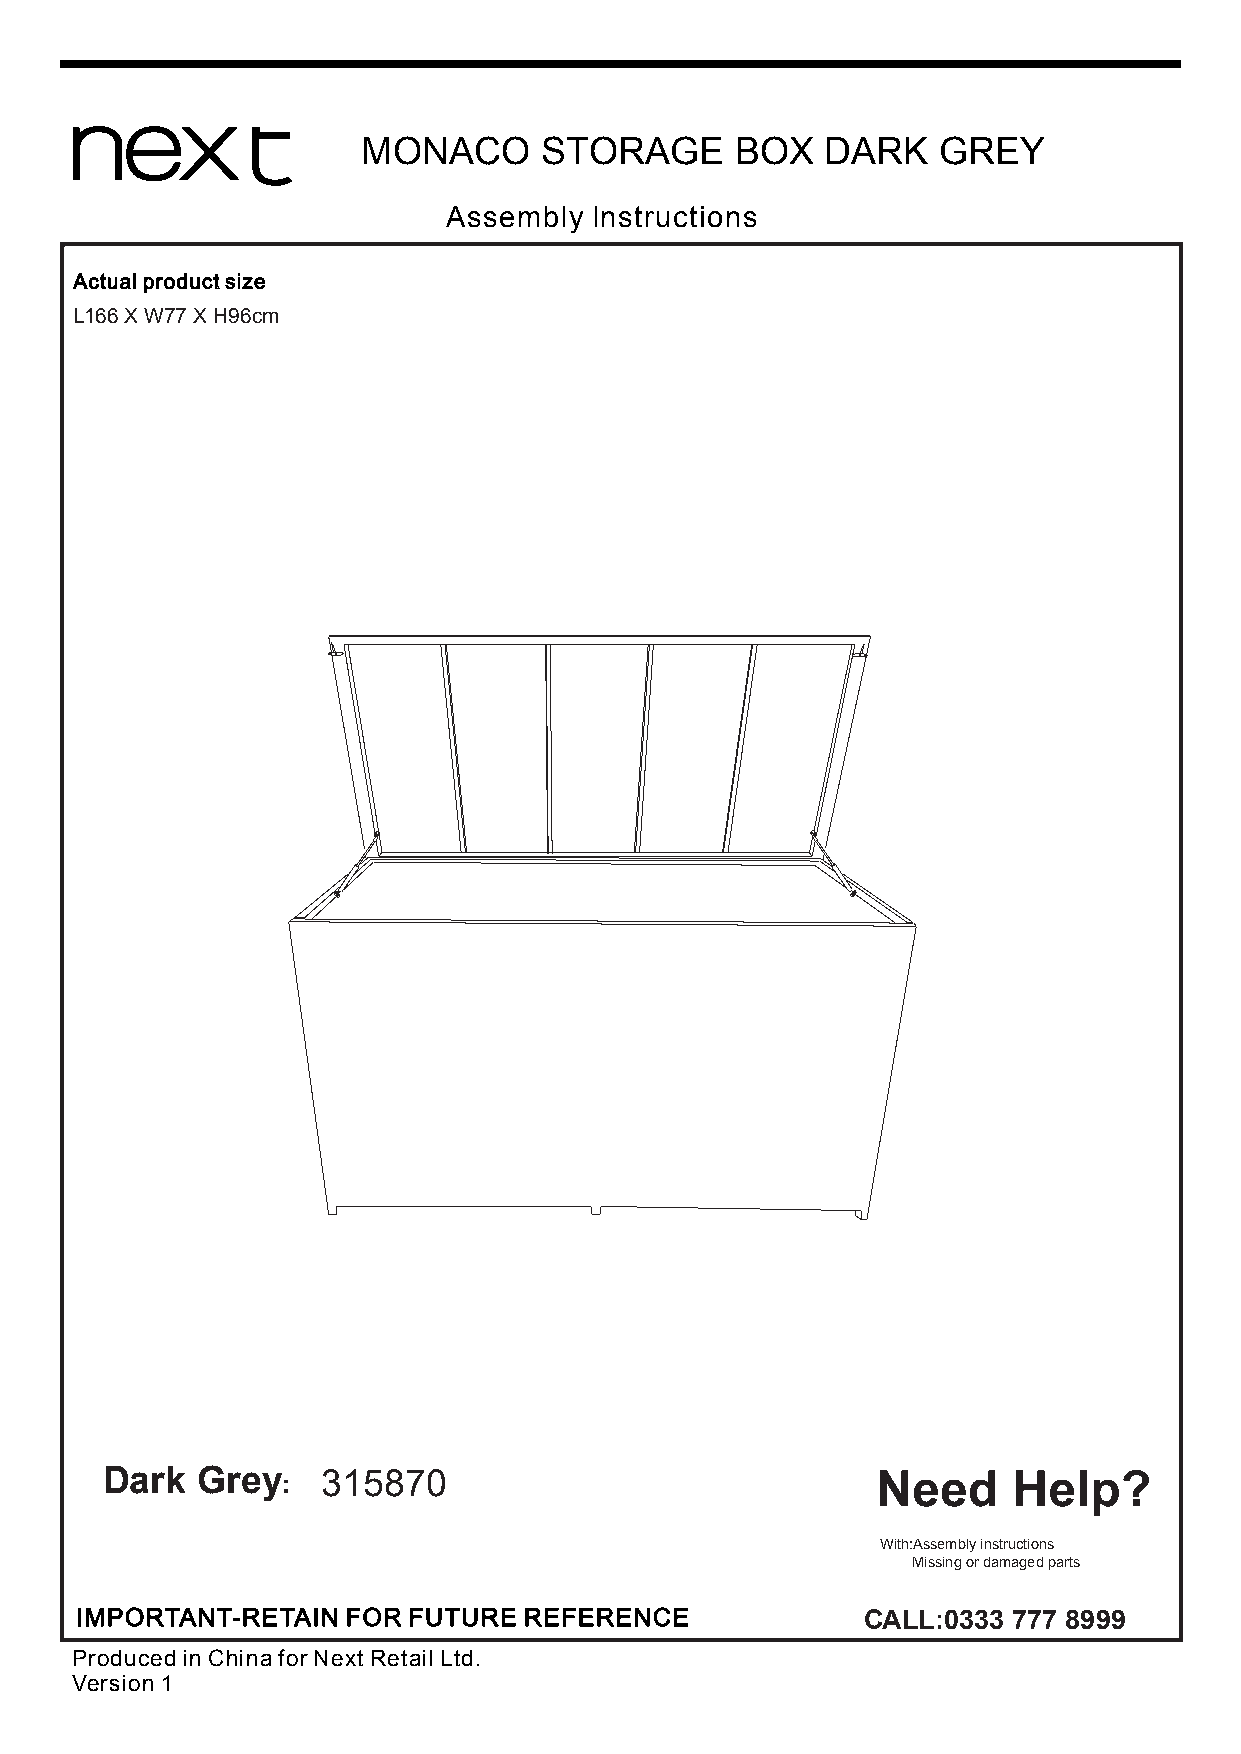
MONACO      STORAGE      BOX   DARK   GREY
 Assembly  Instructions
 Actual product size
 L166 X W77 X H96cm
 Dark  Grey  : 315870                               Need     Help?
 With:Assembly instructions
 Missing or damaged parts
 IMPORTANT-RETAIN  FOR FUTURE  REFERENCE             CALL:0333 777 8999
 Produced in China for Next Retail Ltd.
 Version 1